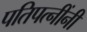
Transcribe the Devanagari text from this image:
पतिपत्नींनी